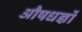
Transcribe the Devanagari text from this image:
औषधज्ञों